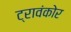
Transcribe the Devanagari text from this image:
ट्रावंकोर